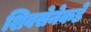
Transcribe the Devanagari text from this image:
शिवसेनेकडे